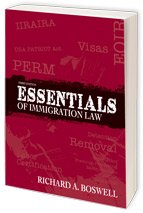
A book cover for ESSENTIALS OF IMMIGRATION LAW; Richard A. Boswell; Law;